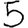
Digit: 5